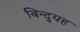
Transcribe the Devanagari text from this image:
बिन्दुयह